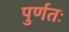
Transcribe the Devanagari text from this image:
पुर्णतः